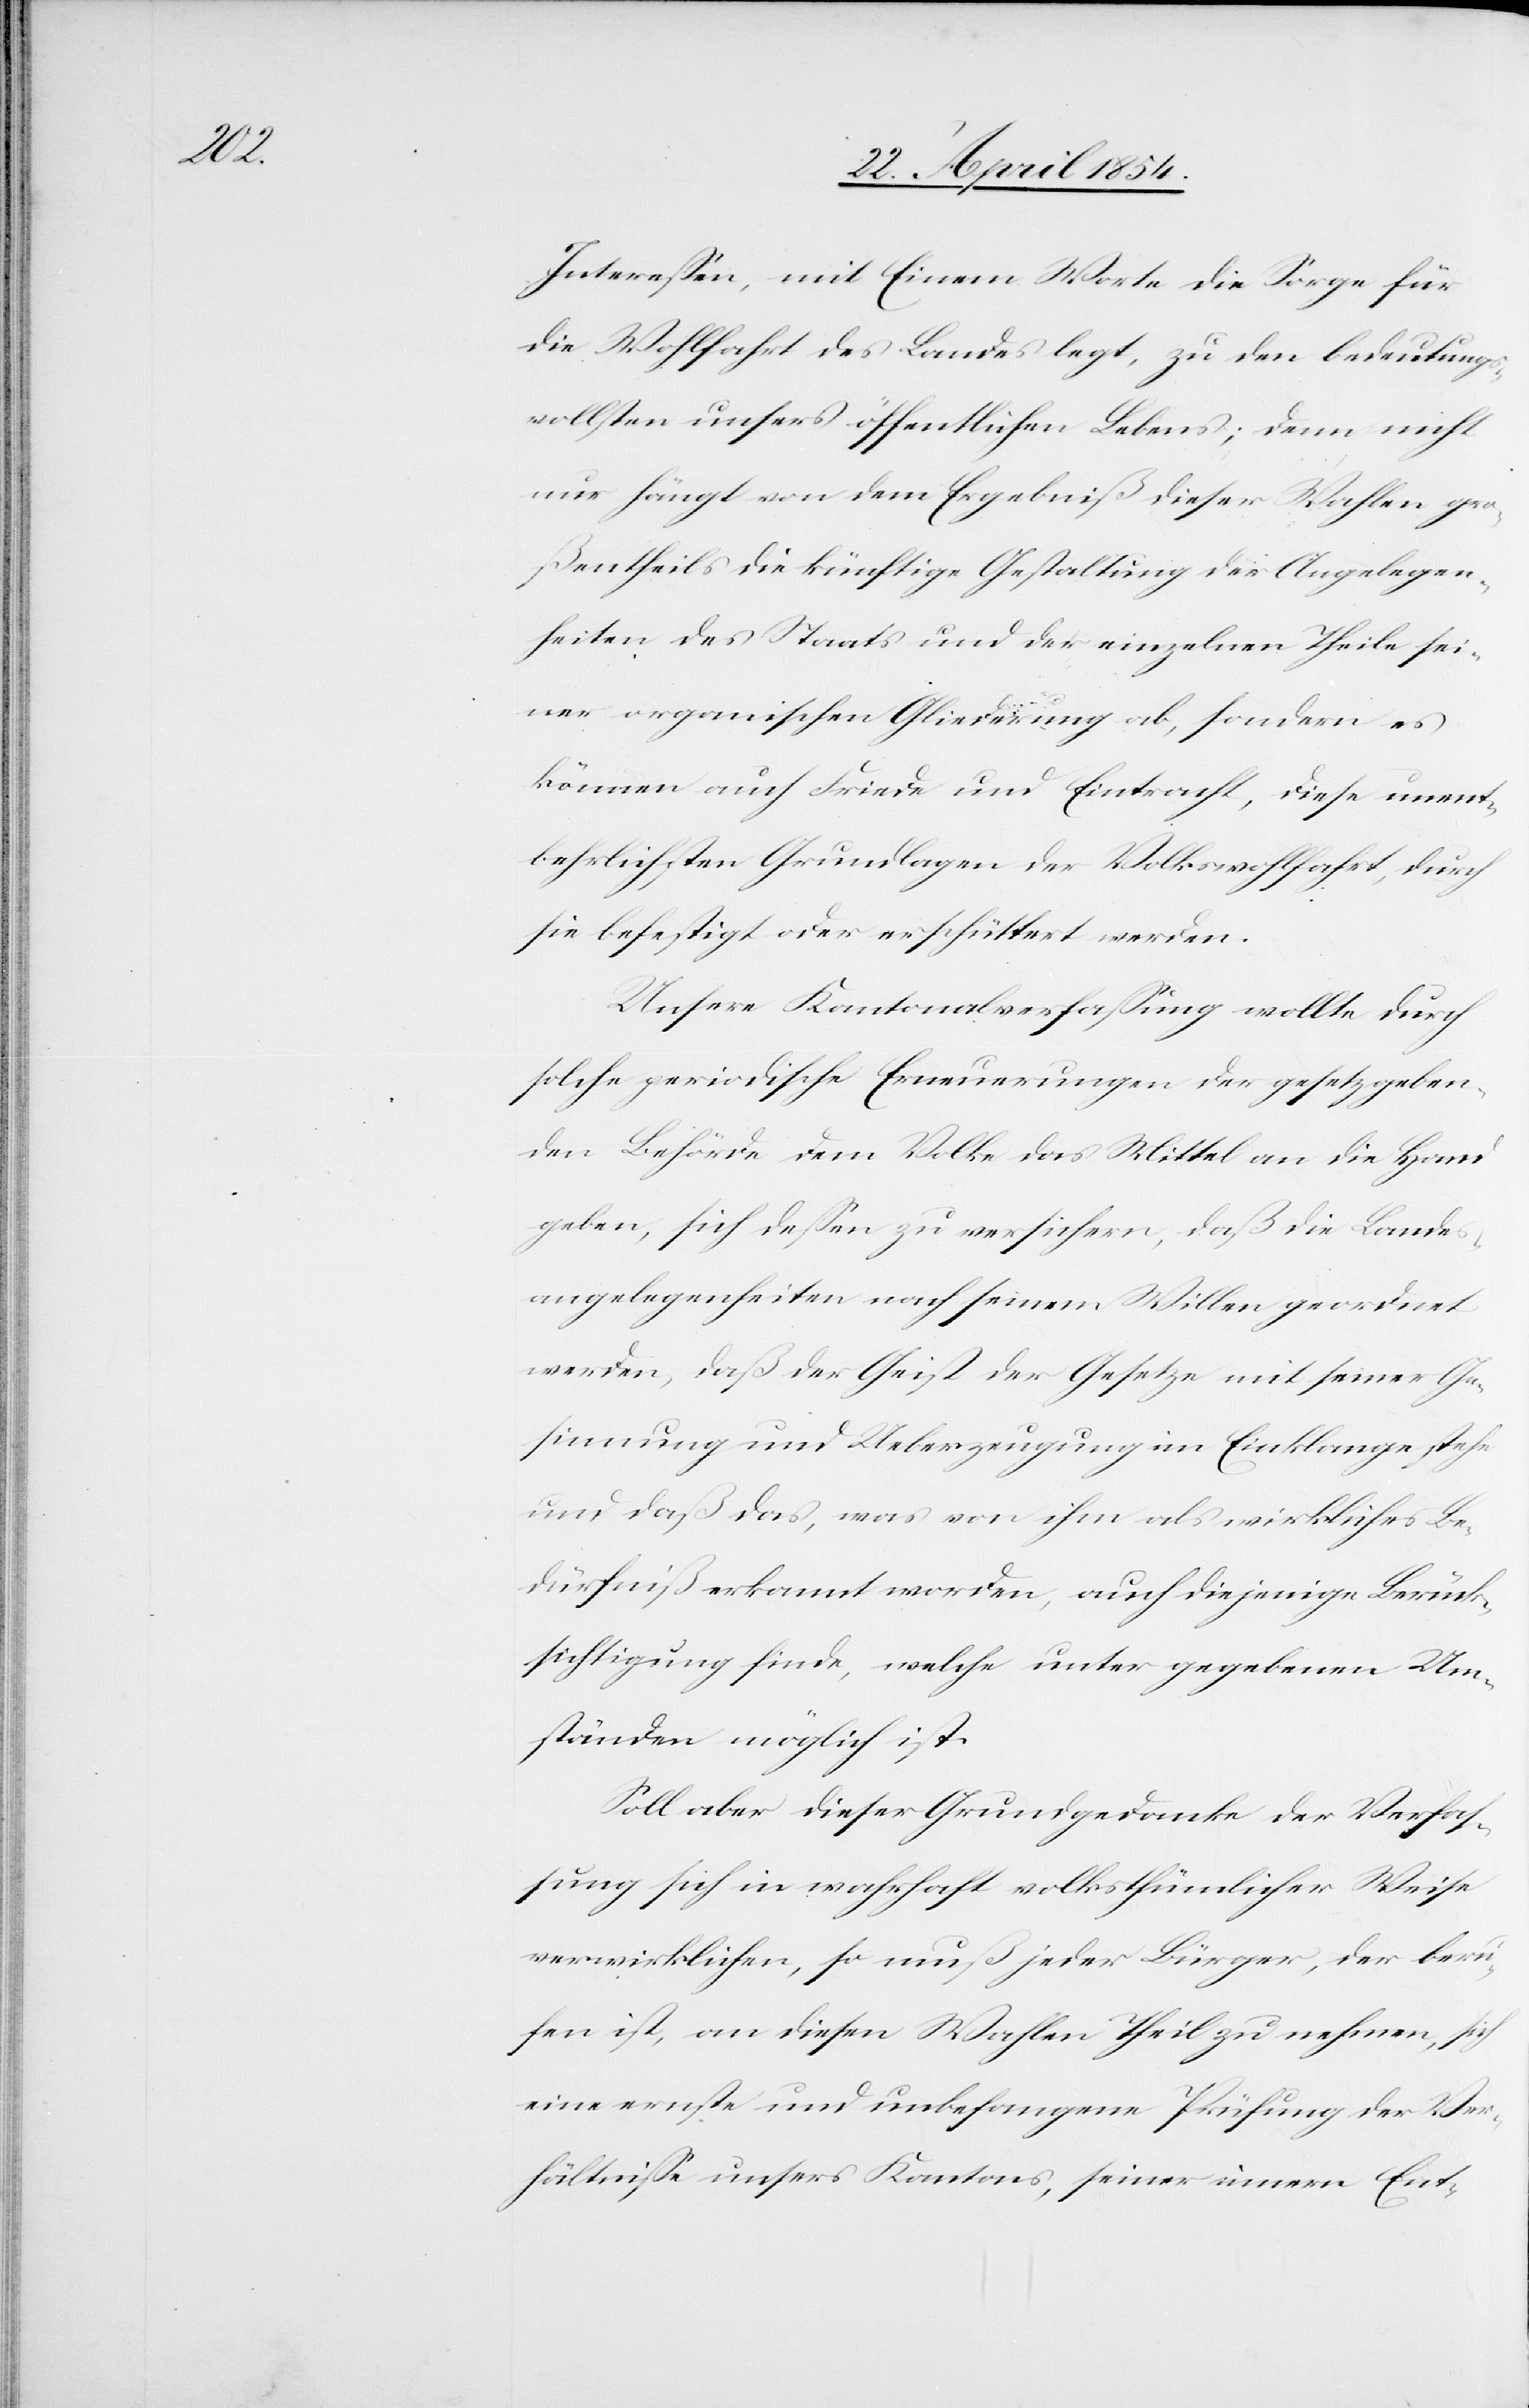
Intereßen, mit Einem Worte die Sorge für
die Wohlfahrt des Landes legt, zu den bedeutungs¬
vollsten unsers öffentlichen Lebens; denn nicht
nur hängt von dem Ergebniß dieser Wahlen grö¬
ßtentheils die künftige Gestaltung der Angelegen¬
heiten des Staats und der einzelnen Theile sei¬
ner organischen Gliederung ab, sondern es
können auch Friede und Eintracht, diese unent¬
behrlichsten Grundlagen der Volkswohlfahrt, durch
sie befestigt oder erschüttert werden.
Unsere Kantonalverfaßung wollte durch
solche periodische Erneuerung der gesetzgeben¬
den Behörde dem Volke das Mittel an die Hand
geben, sich deßen zu versichern, daß die Landes¬
angelegenheiten nach seinem Willen geordnet
werden, daß der Geist der Gesetze mit seiner Ge¬
sinnung und Ueberzeugung im Einklange stehe
und daß das, was von ihm als wirkliches Be¬
dürfniß erkannt worden, auch diejenige Berück¬
sichtigung finde, welche unter gegebenen Um¬
ständen möglich ist.
Soll aber dieser Grundgedanke der Verfaß¬
ung sich in wahrhaft volksthümlicher Weise
verwirklichen, so muß jeder Bürger, der beru¬
fen ist, an diesen Wahlen Theil zu nehmen, sich
eine ernst und unbefangene Prüfung der Ver¬
hältniße unsers Kantons, seiner innern Ent-